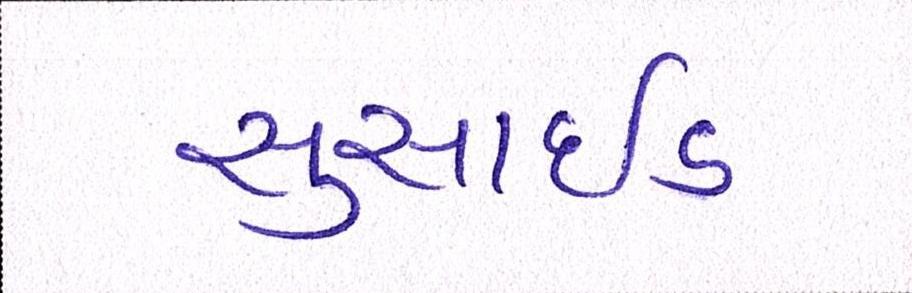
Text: સુસાઈડ